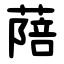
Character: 䔒